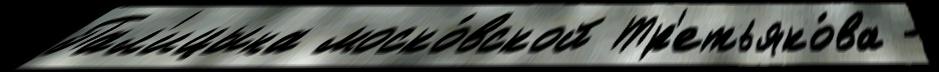
Пал'ицына моско́вской Тр'етьяко́ва -